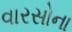
વારસોના